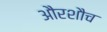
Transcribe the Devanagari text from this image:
औरशौच